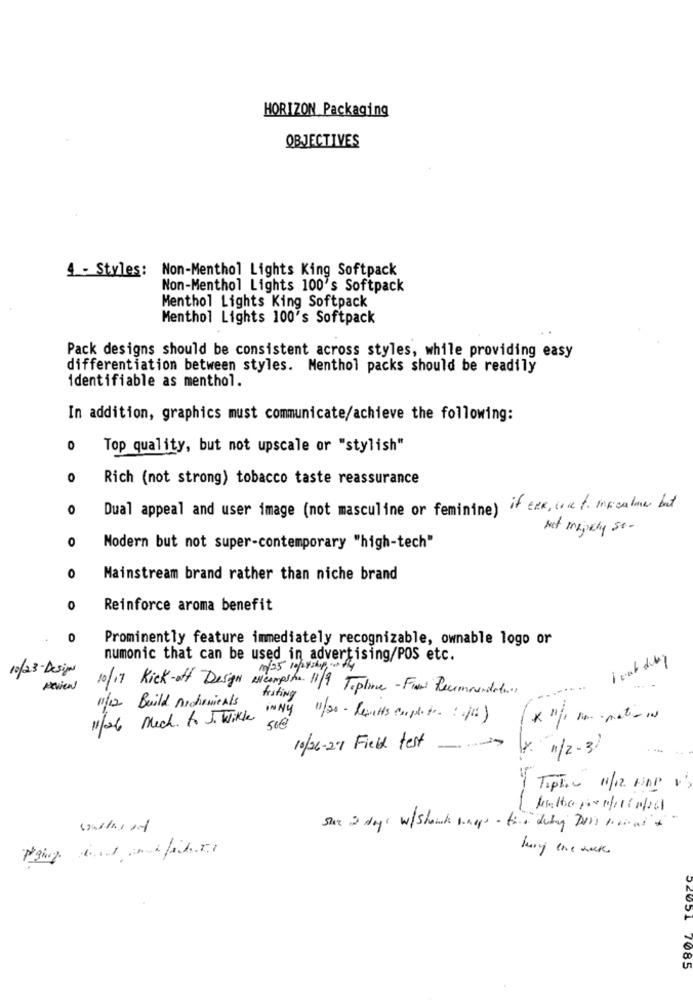
HORIZON Packaging
OBJECTIVES
4 - Styles: Non-Menthol Lights King Softpack
Non-Menthol Lights 100's Softpack
Menthol Lights King Softpack
Menthol Lights 100's Softpack
Pack designs should be consistent across styles, while providing easy
differentiation between styles. Menthol packs should be readily
identifiable as menthol.
In addition, graphics must communicate/achieve the following:
0
Top quality, but not upscale or "stylish"
0
Rich (not strong) tobacco taste reassurance
0
Dual appeal and user image (not masculine or feminine) if err, coet. mxcalme but
Net mipely so-
0
Modern but not super-contemporary "high-tech"
0
Mainstream brand rather than niche brand
0
Reinforce aroma benefit
0
Prominently feature immediately recognizable, ownable logo or
numonic that can be used in advertising/POS etc.
10/23-Design
mg/25 10/24shy of
10/17 Kick-off Design encampshe. 11/9 Topline-Fiumi Recommendations
11/12 Build Archemicals
frating
in NY
1/26 Mech. to J. Wikke
11/20 - Revetts complete :(1)
10/26-29 Field test_
Y. 1/2-3 /
1 TopTic 11/12 HOP 1
sur 2 days w/shank shop - toa duty Dos porral to
lung the week
52051 7085